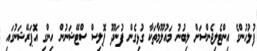
ފުލުހުންގެ އިންޓެލިޖެންސަށް ލިބުނު މައުލޫމާތަކާ ގުޅިގެން ފުނަދޫ ޕޮލިސް ސްޓޭޝަނުން ހިންގި އޮޕަރޭޝަނުގައި